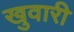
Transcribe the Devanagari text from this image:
खुवारी